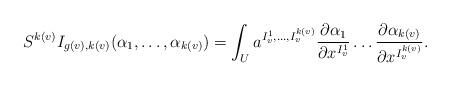
LaTeX: \begin{align*} S^{k(v)}I_{g(v), k(v)}(\alpha_1, \dots, \alpha_{k(v)}) &= \int_U a^{I_v^1, \dots, I_v^{k(v)}} \frac{\partial \alpha_1}{\partial x^{I_v^1}} \dots \frac{\partial \alpha_{k(v)}}{\partial x^{I_v^{k(v)}}}.\end{align*}